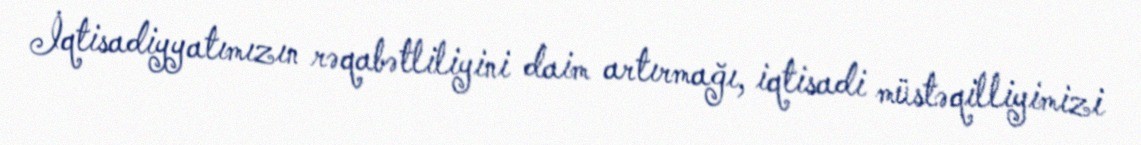
İqtisadiyyatımızın rəqabətliliyini daim artırmağı, iqtisadi müstəqilliyimizi